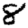
Digit: 8